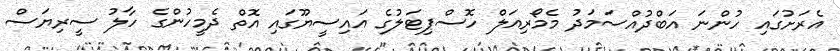
އެރަށުގައި ހުންނަ އަބްދުއްސަމަދު މެމޯރިއަލް ހޮސްޕިޓަލުގެ އައިސީޔޫގައި އޮތް ދެމީހުންގެ ހާލު ސީރިޔަސް